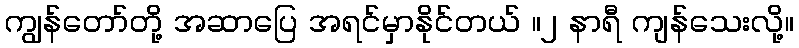
ကျွန်တော်တို့ အဆာပြေ အရင်မှာနိုင်တယ် ။၂ နာရီ ကျန်သေးလို့။